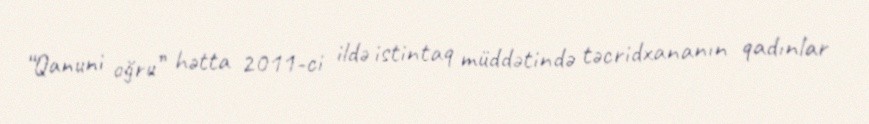
“Qanuni oğru” hətta 2011-ci ildə istintaq müddətində təcridxananın qadınlar